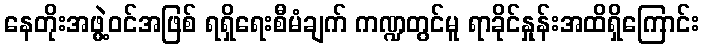
နေတိုးအဖွဲ့ဝင်အဖြစ် ရရှိရေးစီမံချက် ကဏ္ဍတွင်မူ ရာခိုင်နှုန်းအထိရှိကြောင်း